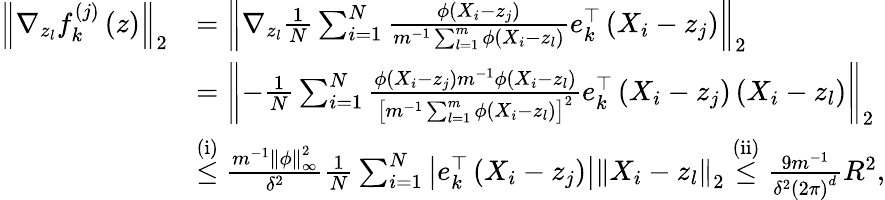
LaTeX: \begin{array}{rl}{\left\Vert\nabla_{z_{l}}f_{k}^{(j)}\left(z\right)\right\Vert_{2}}&{=\left\Vert\nabla_{z_{l}}\frac{1}{N}\sum_{i=1}^{N}\frac{\phi\left(X_{i}-z_{j}\right)}{m^{-1}\sum_{l=1}^{m}\phi\left(X_{i}-z_{l}\right)}e_{k}^{\top}\left(X_{i}-z_{j}\right)\right\Vert_{2}}\\ &{=\left\Vert-\frac{1}{N}\sum_{i=1}^{N}\frac{\phi\left(X_{i}-z_{j}\right)m^{-1}\phi\left(X_{i}-z_{l}\right)}{\left[m^{-1}\sum_{l=1}^{m}\phi\left(X_{i}-z_{l}\right)\right]^{2}}e_{k}^{\top}\left(X_{i}-z_{j}\right)\left(X_{i}-z_{l}\right)\right\Vert_{2}}\\ &{\overset{\mathrm{(i)}}{\leq}\frac{m^{-1}\left\Vert\phi\right\Vert_{\infty}^{2}}{\delta^{2}}\frac{1}{N}\sum_{i=1}^{N}\left|e_{k}^{\top}\left(X_{i}-z_{j}\right)\right|\left\Vert X_{i}-z_{l}\right\Vert_{2}\overset{\mathrm{(ii)}}{\leq}\frac{9m^{-1}}{\delta^{2}\left(2\pi\right)^{d}}R^{2},}\end{array}